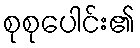
စုစုပေါင်း၏